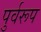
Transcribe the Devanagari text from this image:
पुर्वरूप